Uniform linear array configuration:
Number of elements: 16
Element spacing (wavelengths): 0.25
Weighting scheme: hann
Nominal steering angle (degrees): -45
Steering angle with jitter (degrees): -43.779
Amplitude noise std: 0.05
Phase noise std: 0.05

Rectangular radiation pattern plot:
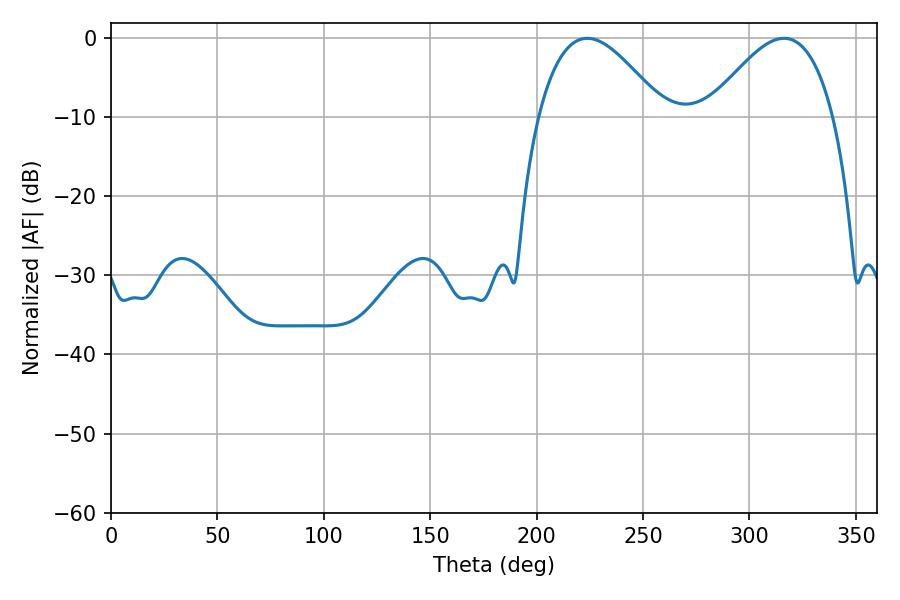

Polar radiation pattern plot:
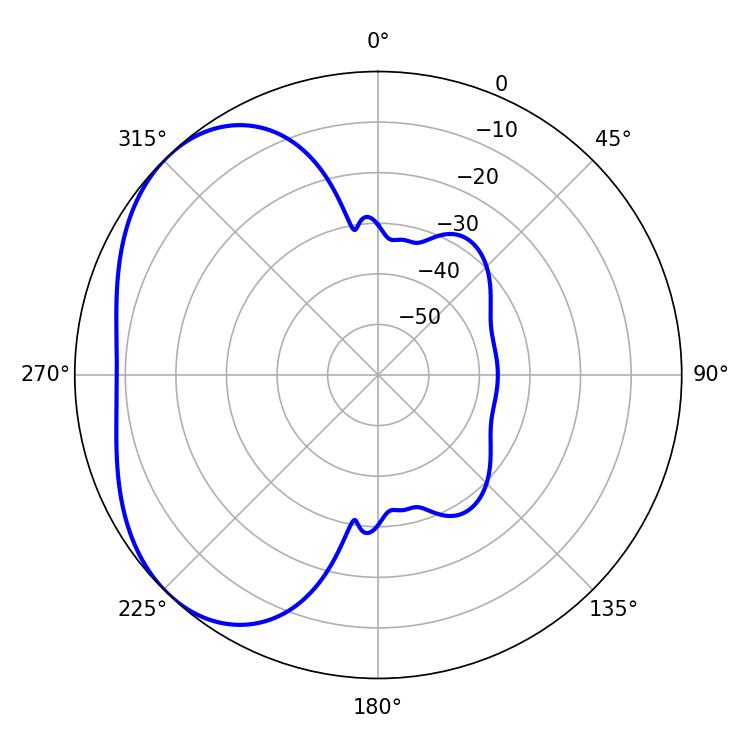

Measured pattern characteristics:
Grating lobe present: FALSE
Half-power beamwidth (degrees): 31.86
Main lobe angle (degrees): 223.74